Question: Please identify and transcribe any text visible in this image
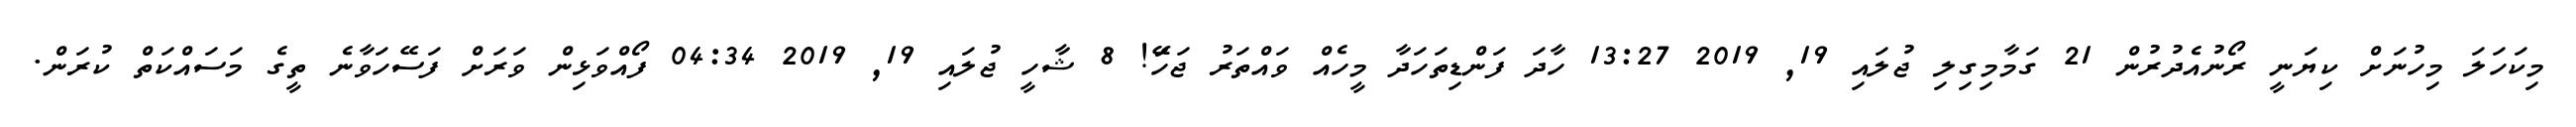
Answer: މިކަހަލަ މިހުނަށް ކިޔަނީ ރޯނުއެދުރުން 21 ގަމާމިގިލި ޖުލައި 19, 2019 13:27 ހާދަ ފަންޑިތަހަދާ މީހެއް ވައްތަރު ޖަހަަޭ! 8 ޝާހީ ޖުލައި 19, 2019 04:34 ފޯއްވަޅިން ވަރަށް ފަސޭހަވާނެ ތީގެ މަސައްކަތް ކުރަން.